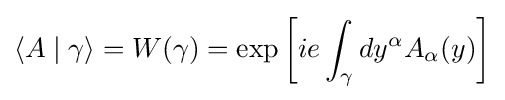
\langle A\mid \gamma \rangle =W(\gamma )=\exp \left[ie\int _{\gamma }dy^{\alpha }A_{\alpha }(y)\right]